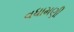
વધામણી